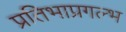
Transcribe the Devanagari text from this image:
प्रतिभाप्रगल्भ